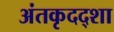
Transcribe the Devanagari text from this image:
अंतकृदद्शा